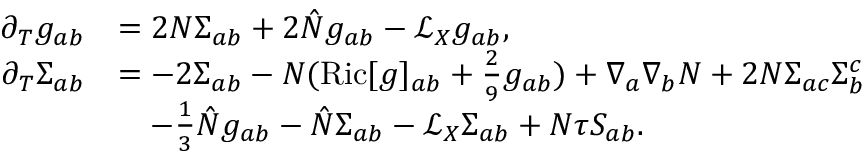
\begin{array} { r l } { \partial _ { T } g _ { a b } } & { = 2 N \Sigma _ { a b } + 2 \hat { N } g _ { a b } - \mathcal { L } _ { X } g _ { a b } , } \\ { \partial _ { T } \Sigma _ { a b } } & { = - 2 \Sigma _ { a b } - N ( \mathrm { R i c } [ g ] _ { a b } + \frac { 2 } { 9 } g _ { a b } ) + \nabla _ { a } \nabla _ { b } N + 2 N \Sigma _ { a c } \Sigma _ { b } ^ { c } } \\ & { \quad - \frac { 1 } { 3 } \hat { N } g _ { a b } - \hat { N } \Sigma _ { a b } - \mathcal { L } _ { X } \Sigma _ { a b } + N \tau S _ { a b } . } \end{array}